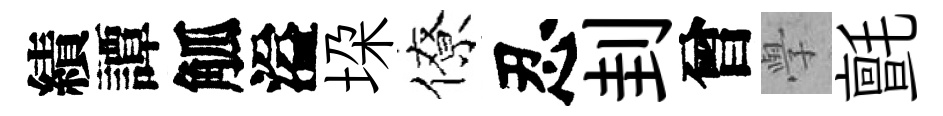
績譚觚溢垜僚忍刲曾𭓕氈